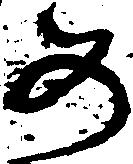
め